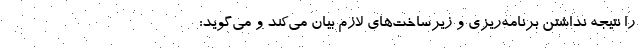
را نتیجه نداشتن برنامه‌ریزی و زیرساخت‌های لازم بیان می‌کند و می‌گوید: